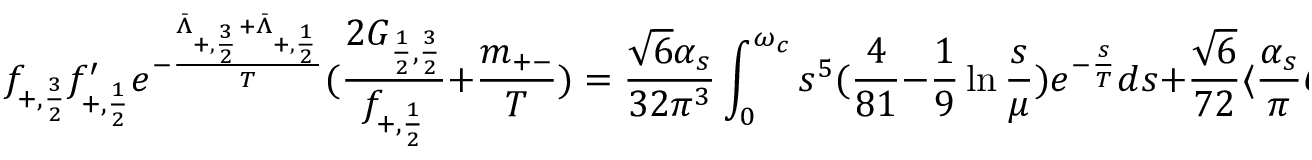
f _ { + , { \frac { 3 } { 2 } } } f _ { + , { \frac { 1 } { 2 } } } ^ { \prime } e ^ { - { \frac { \bar { \Lambda } _ { + , { \frac { 3 } { 2 } } } + \bar { \Lambda } _ { + , { \frac { 1 } { 2 } } } } { T } } } ( { \frac { 2 G _ { { \frac { 1 } { 2 } } , { \frac { 3 } { 2 } } } } { f _ { + , { \frac { 1 } { 2 } } } } } + { \frac { m _ { + - } } { T } } ) = { \frac { \sqrt { 6 } \alpha _ { s } } { 3 2 \pi ^ { 3 } } } \int _ { 0 } ^ { \omega _ { c } } s ^ { 5 } ( { \frac { 4 } { 8 1 } } - { \frac { 1 } { 9 } } \ln { \frac { s } { \mu } } ) e ^ { - { \frac { s } { T } } } d s + { \frac { \sqrt { 6 } } { 7 2 } } \langle { \frac { \alpha _ { s } } { \pi } } G ^ { 2 } \rangle T ^ { 2 } \; ,